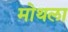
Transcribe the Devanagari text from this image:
मोथला